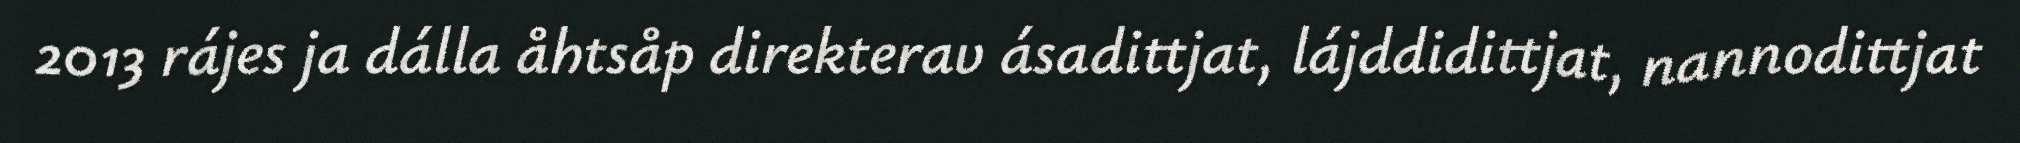
2013 rájes ja dálla åhtsåp direkterav ásadittjat, lájddidittjat, nannodittjat